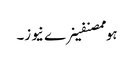
ہوممصنفینرے نیوز۔